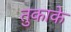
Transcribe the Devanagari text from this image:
तुकाके